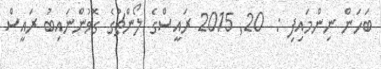
ބަހަން ނިންމައިފި :  20